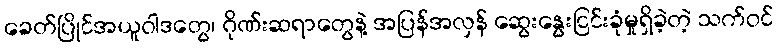
ခေတ်ပြိုင်အယူဝါဒတွေ၊ ဂိုဏ်းဆရာတွေနဲ့ အပြန်အလှန် ဆွေးနွေးငြင်းခုံမှုရှိခဲ့တဲ့ သက်ဝင်